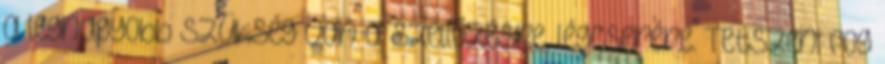
a legnagyobb szükség van a szellőzésre, légcserére. Tetszeni fog